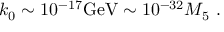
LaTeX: k _ { 0 } \sim 1 0 ^ { - 1 7 } \mathrm { G e V } \sim 1 0 ^ { - 3 2 } M _ { 5 } \ .